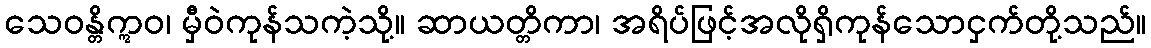
သေဝန္တိဣဝ၊ မှီဝဲကုန်သကဲ့သို့။ ဆာယတ္တိကာ၊ အရိပ်ဖြင့်အလိုရှိကုန်သောငှက်တို့သည်။